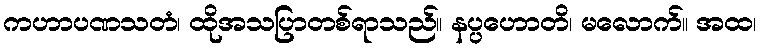
ကဟာပဏသတံ၊ ထိုအသပြာတစ်ရာသည်။ နပ္ပဟောတိ၊ မလောက်။ အထ၊